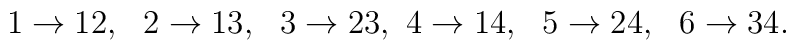
1\rightarrow 12, ~~2\rightarrow 13,~~3\rightarrow 23,~4\rightarrow 14,{}~~5\rightarrow 24,~~6\rightarrow 34.